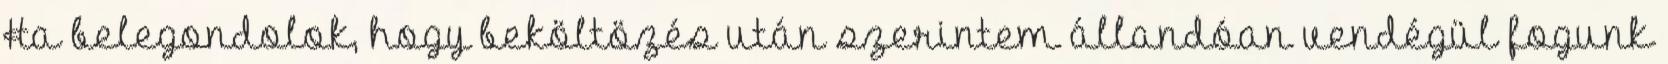
Ha belegondolok, hogy beköltözés után szerintem állandóan vendégül fogunk